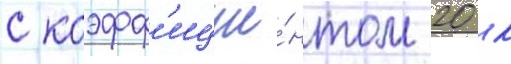
с коэфф'ицие́нтом 20 к